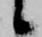
候